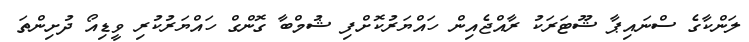
ލަންކާގެ ސްނައިޕާ ޝޫޓަރަކު ރާއްޖެއިން ހައްޔަރުކޮށްފި ޝުމްބާ ގޮންގް ހައްޔަރުކުރި ވީޑިއޯ ދުށިންތަ